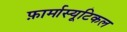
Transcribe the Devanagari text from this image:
फ़ार्मास्यूटिकल